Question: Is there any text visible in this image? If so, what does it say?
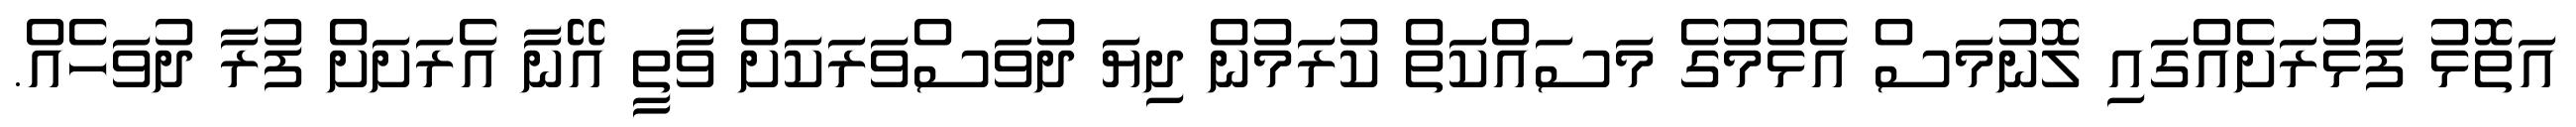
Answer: އަތޮޅު ފަޅުރަށެއްގައި ލޮނުމަސް އެޅުމުގެ މަސައްކަތް ކުރަމުން ދިޔަ ދުވަސްވަރަކަށް ވާތީ އޭނާ އެރަށަށް ފުރާ ދުވަހެއް.